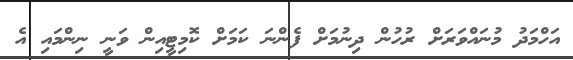
އަހްމަދު މުނައްވަރަށް ރުހުން ދިނުމަށް ފެންނަ ކަމަށް ކޮމިޓީއިން ވަނީ ނިންމައި އެ